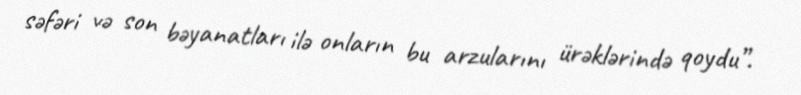
səfəri və son bəyanatları ilə onların bu arzularını ürəklərində qoydu”.